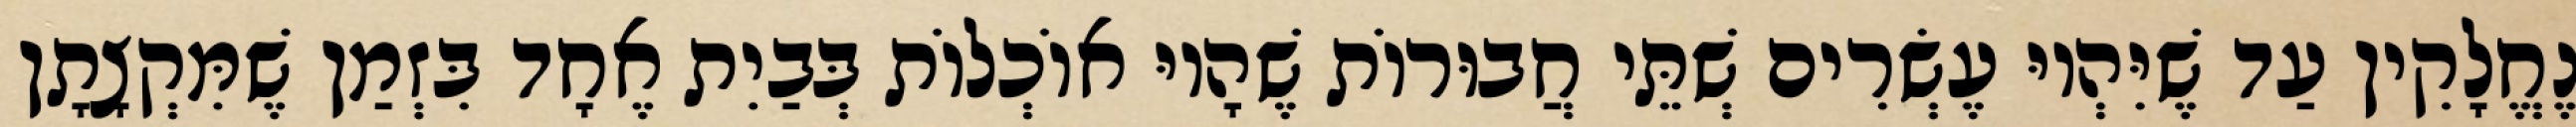
נֶחֱלָקִין עַד שֶׁיִּהְיוּ עֶשְׂרִים שְׁתֵּי חֲבוּרוֹת שֶׁהָיוּ אוֹכְלוֹת בְּבַיִת אֶחָד בִּזְמַן שֶׁמִּקְצָתָן